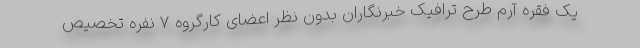
یک فقره آرم طرح ترافیک خبرنگاران بدون نظر اعضای کارگروه ۷ نفره تخصیص